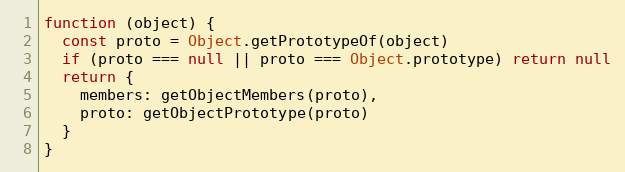
Language: JavaScript
function (object) {
  const proto = Object.getPrototypeOf(object)
  if (proto === null || proto === Object.prototype) return null
  return {
    members: getObjectMembers(proto),
    proto: getObjectPrototype(proto)
  }
}